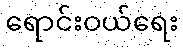
ရောင်းဝယ်ရေး